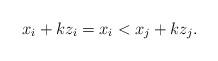
LaTeX: \begin{align*} x_i + k z_i = x_i < x_j + k z_j. \end{align*}